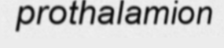
prothalamion